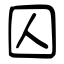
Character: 囚